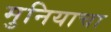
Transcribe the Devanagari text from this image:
मुनियाचा